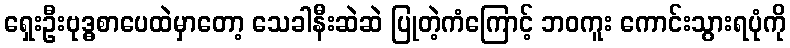
ရှေးဦးဗုဒ္ဓစာပေထဲမှာတော့ သေခါနီးဆဲဆဲ ပြုတဲ့ကံကြောင့် ဘဝကူး ကောင်းသွားရပုံကို